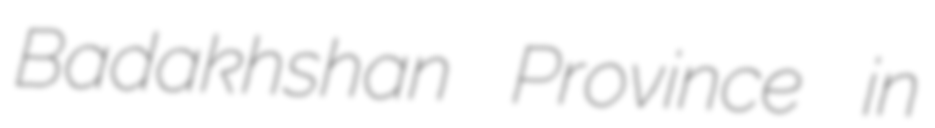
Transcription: Badakhshan Province in